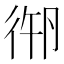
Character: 𢓷